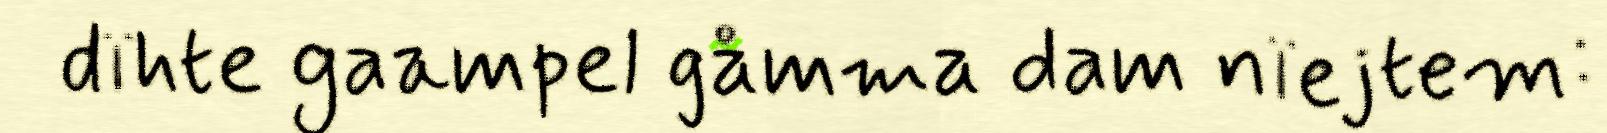
dïhte gaampel gåmma dam nïejtem: